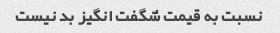
نسبت به قیمت شگفت انگیز بد نیست